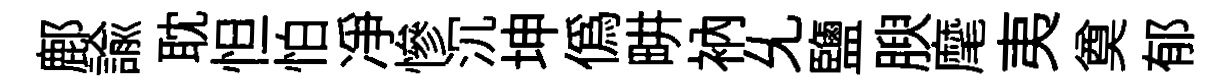
鄜諭耽怛怕净慘沉坤偽畊衲𠃔鹽腴麾夷奠郁